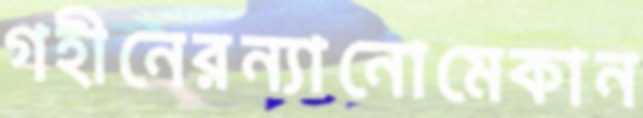
গহীনেরন্যানোমেকান